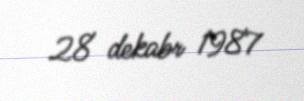
28 dekabr 1987